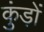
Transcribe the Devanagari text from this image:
कुंड़ों